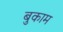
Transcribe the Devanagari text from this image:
बुकाम